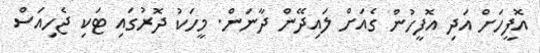
އޮފީހަށް އަދި އޮފީހުން ގެއަށް ލައިދޭން ދާނަން. މީހަކު ދޮރުގައި ޓަކި ޖެހިއަސް